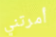
أمرتني